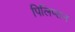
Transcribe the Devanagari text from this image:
पिलिप्सन